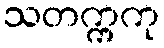
သတက္ကကု